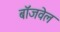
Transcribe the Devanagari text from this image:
बॉजवेल